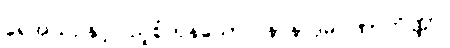
ရေအယဉ်နှင့်ပြည့်စုံကုန်သော။ နာနာဒုမဂဏာကိဏ္ဏာ၊